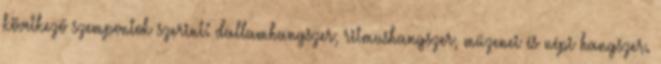
következő szempontok szerint: dallamhangszer, ritmushangszer, műzenei és népi hangszer.